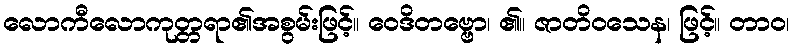
လောကီလောကုတ္တရာ၏အစွမ်းဖြင့်။ ဝေဒိတဗ္ဗော၊ ၏။ ဇာတိဝသေန၊ ဖြင့်။ တာဝ၊